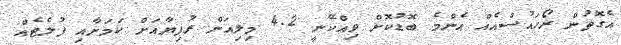
އެގޮތުން ރޯހައުސްއެއް އެންމެ ބޮޑުކޮށް ވިއްކޭނީ 4.2 މިލިއަން ރުފިޔާއަށް ކަމަށާއި ފުލެޓެއް